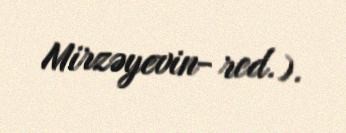
Mirzəyevin- red.).